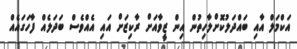
އަކްމަލް އާއި ބައްދަލުކޮށްލާހިތުން އިން ޒީވާއަށް ރާކިޒަށް އައި އެއްވެސް ބަދަލެއް ފާހަގައެއް